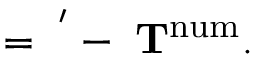
\bf \Pi = \bf \Pi ^ { ' } - \zeta \bf T ^ { \mathrm { n u m } } .